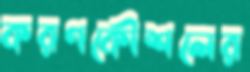
করণকৌশলের